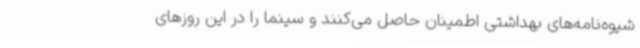
شیوه‌نامه‌های بهداشتی اطمینان حاصل می‌کنند و سینما را در این روزهای